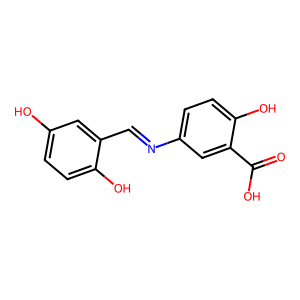
SMILES: O=C(O)c1cc(N=Cc2cc(O)ccc2O)ccc1O
Inhibits HIV replication: No